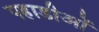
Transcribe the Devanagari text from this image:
पहाडीओं